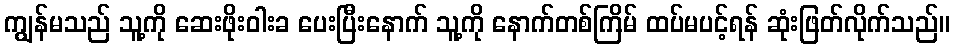
ကျွန်မသည် သူ့ကို ဆေးဖိုးဝါးခ ပေးပြီးနောက် သူ့ကို နောက်တစ်ကြိမ် ထပ်မပင့်ရန် ဆုံးဖြတ်လိုက်သည်။